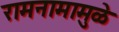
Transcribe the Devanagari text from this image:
रामनामामुळे